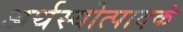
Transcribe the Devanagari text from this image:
अर्थस्योत्पादकं